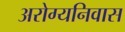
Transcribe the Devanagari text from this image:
अरोग्यनिवास